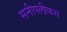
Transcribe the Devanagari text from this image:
सनीपलीकस